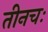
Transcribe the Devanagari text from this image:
तीनचः